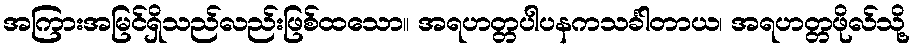
အကြားအမြင်ရှိသည်လည်းဖြစ်ထသော။ အရဟတ္တပါပနကသင်္ခါတာယ၊ အရဟတ္တဖိုလ်သို့